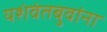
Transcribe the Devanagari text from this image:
यशंवंतबुवांना